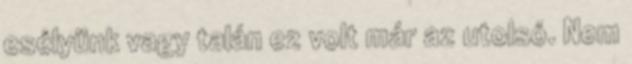
esélyünk vagy talán ez volt már az utolsó. Nem